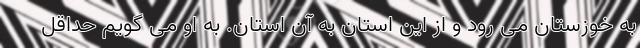
به خوزستان می رود و از این استان به آن استان. به او می گویم حداقل